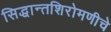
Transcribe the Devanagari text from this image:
सिद्धान्तशिरोमणीचे